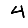
Digit: 4